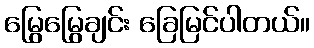
မြွေမြွေချင်း ခြေမြင်ပါတယ်။